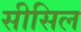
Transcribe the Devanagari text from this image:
सीसिल